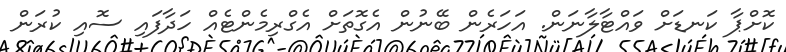
ކޮށްޕާ ކަނޑަށް ވައްޓާލާނަން. އަހަރެން ބޭނުން އެގޮތަށް އެގްރިމެންޓެއް ހަދާފައި ސޮއި ކުރަން